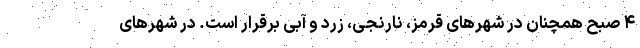
۴ صبح همچنان در شهرهای قرمز، نارنجی، زرد و آبی برقرار است. در شهرهای